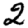
Digit: 2